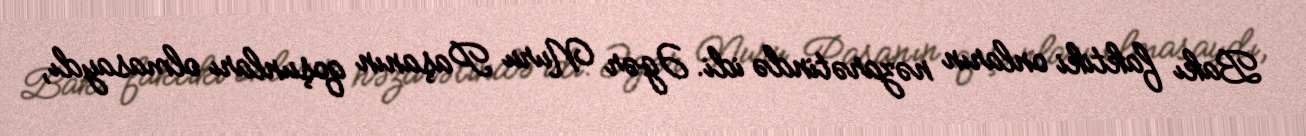
Bakı faktiki onların nəzarətində idi. Əgər Nuru Paşanın qoşunları olmasaydı,